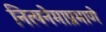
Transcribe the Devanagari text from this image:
नित्यनेमाप्रमाणे